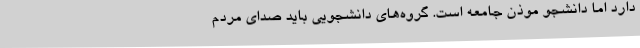
دارد اما دانشجو موذن جامعه است. گروه‌های دانشجویی باید صدای مردم